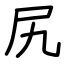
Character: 尻